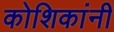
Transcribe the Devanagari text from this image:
कोशिकांनी